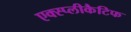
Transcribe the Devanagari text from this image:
एक्स्प्लीकैटिफ